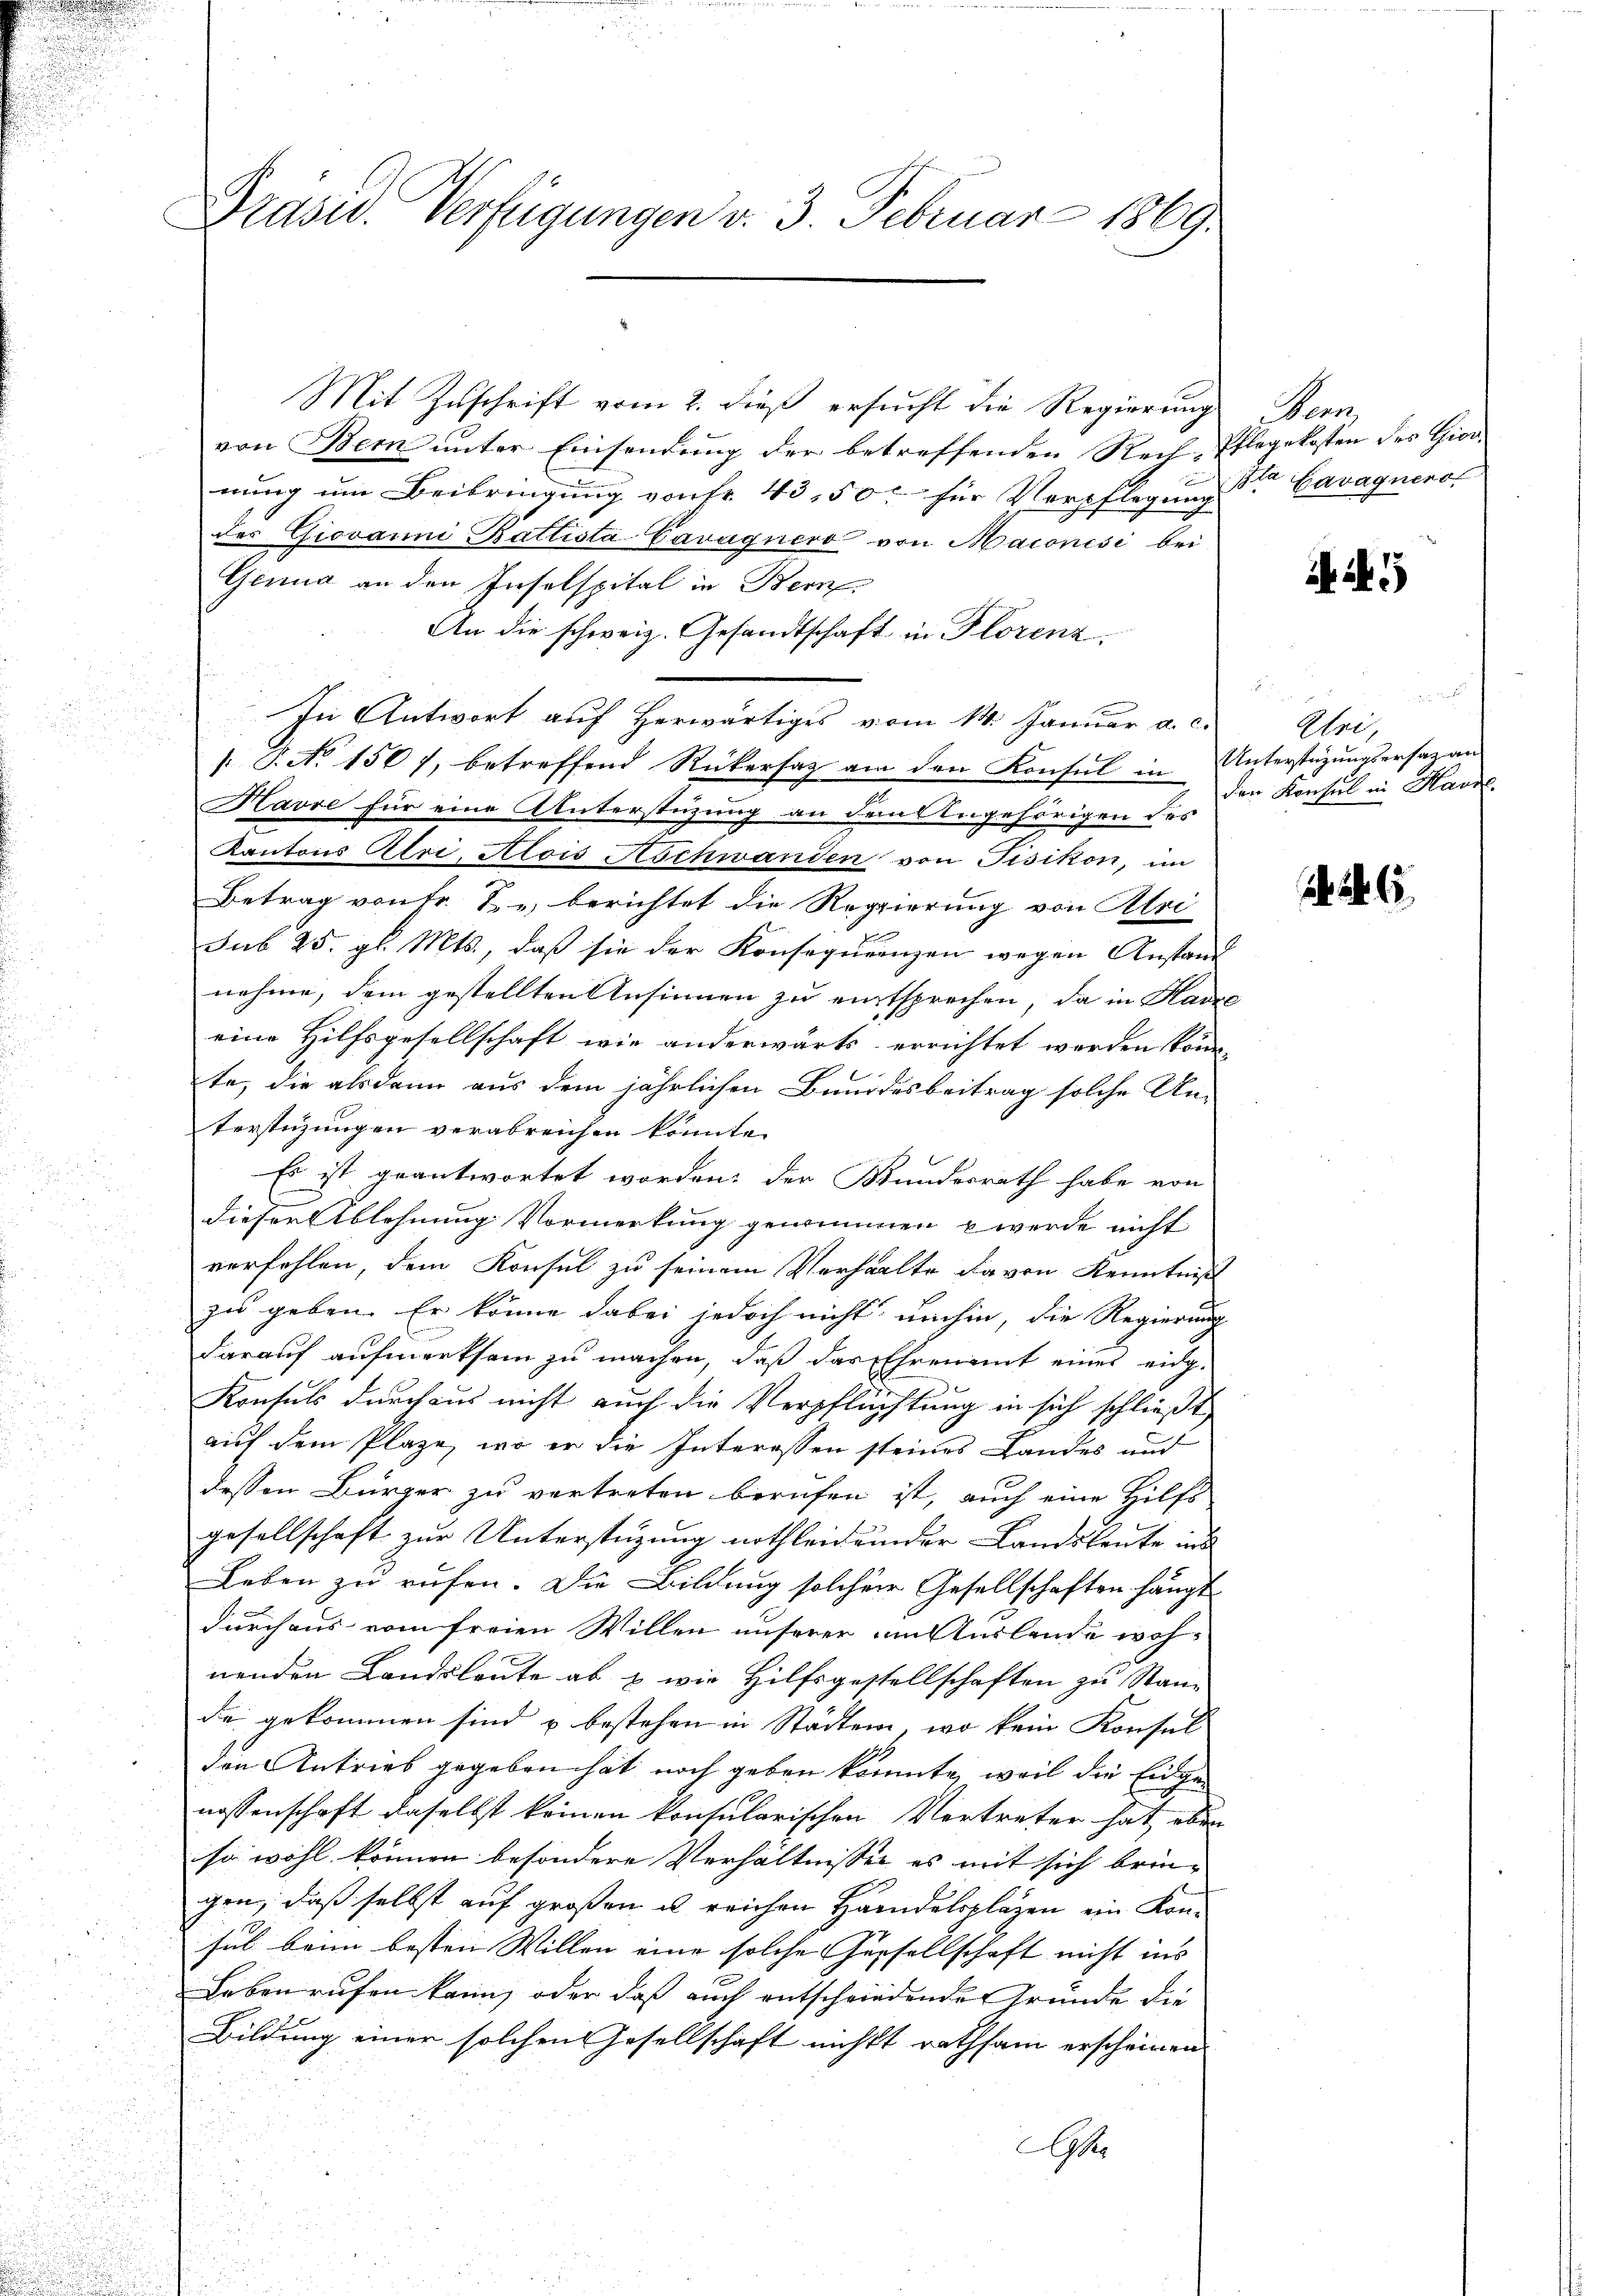
Mit Zuschrift vom 2. dieß ersucht die Regierung Bern,
von Bern unter Einsendung der betreffenden Rech-
nung um Beibringung von Fr. 43, 50 für Verpflegung
des Giovanni Battista Cavagnero von Maionési bei
Gennd an den Inselspital in Bern
An die schweiz. Gesandtschaft in Florenz

In Antwort auf herwärtiges vom 14. Januar a. c.
.
.
d
: P. No 1567, betreffend Rükersatz am den Konsul in
Havre für eine Unterstüzung an den Angehörigen des
Kantons Atri, Alois Aschwanden von Fisikon, in
Betrag von Fr. T. berichtet die Regierung von Aloi
sub 25. gl. Mts., daß sie der Konsequenzen wegen Anstannehme, dem gestellten Ansinnen zu entsprechen, da in Har
eine Hilfsgesellschaft wie anderwärts errichtet werden könn
te, die alsdann aus dem jährlichen Bundesbeitrag solche An-
terstüzungen verabreichen könnte.
Es ist geantwortet worden; der Bundesrath habe von
.
dieser Ablehnung Vormerkung gewimmen werde nicht
verfehlen, dem Konsul zu seinem Verhalte davon Kenntniß
zu geben. Er könne dabei jedoch nicht umhin, die Regierung
darauf aufmerksam zu machen, daß das Ehrenmit eines eidg¬
Konsuls durchaus nicht auch die Verpflüchtung in sich schließt
auf dem Plaze, wo er die Interessen steines Landes und
dessen Bürger zu vertreten berufen ist, auch eine Hilfs
gesellschaft zur Unterstüzung nothleidender Landsleute in
Leben zu rufen. Die Bildung solcher Gesellschaften hängt
durchaus vom freien Willen unserer im Auslande wohnenden Landsleute ab & wie Hilfsgestellschaften zu Stande gekommen sind u bestehen in Städten, wo kein Konsul
den Antrieb gegeben hat noch geben könnte, weil die Eidgenossenschaft daselbst keinen konsularischen Vertreter hat, eben
so wohl können besondere Verhältnisses es mit sich brin-
gen, daß selbst auf großen u reichen Handelsplazen ein Konsul beim besten Willen eine solche Gesellschaft nicht ins |
Leben rufen kann, oder daß auch entschriedende Grunde die
Bildung einer solchen Gesellschaft nichtt rathsam erscheinen
A

Präsid. Verfügungen v. 3. Februar 1869.

Pflegekosten des Gior
Bla Lavagnero

d
Uri,
Unterstüzungsersatz an
den Konsul in Havre,